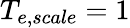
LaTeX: T_{e,scale}=1